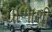
ચાળાથી